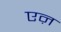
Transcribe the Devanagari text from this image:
एऩ